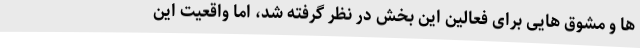
ها و مشوق هایی برای فعالین این بخش در نظر گرفته شد، اما واقعیت این